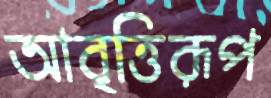
আবৃত্তিরূপ